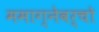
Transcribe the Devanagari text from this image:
ममाग्नेवर्चो